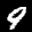
Label: 9